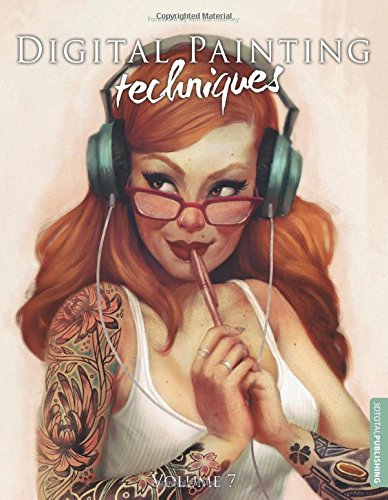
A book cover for Digital Painting Techniques: Volume 7; Arts & Photography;